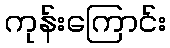
ကုန်းကြောင်း